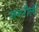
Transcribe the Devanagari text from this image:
शकरौली